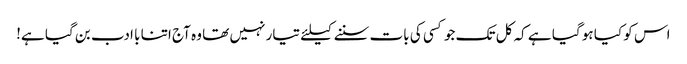
اس کو کیا ہو گیا ہے کہ کل تک جو کسی کی بات سننے کیلئے تیار نہیں تھا وہ آج اتنا با ادب بن گیا ہے!